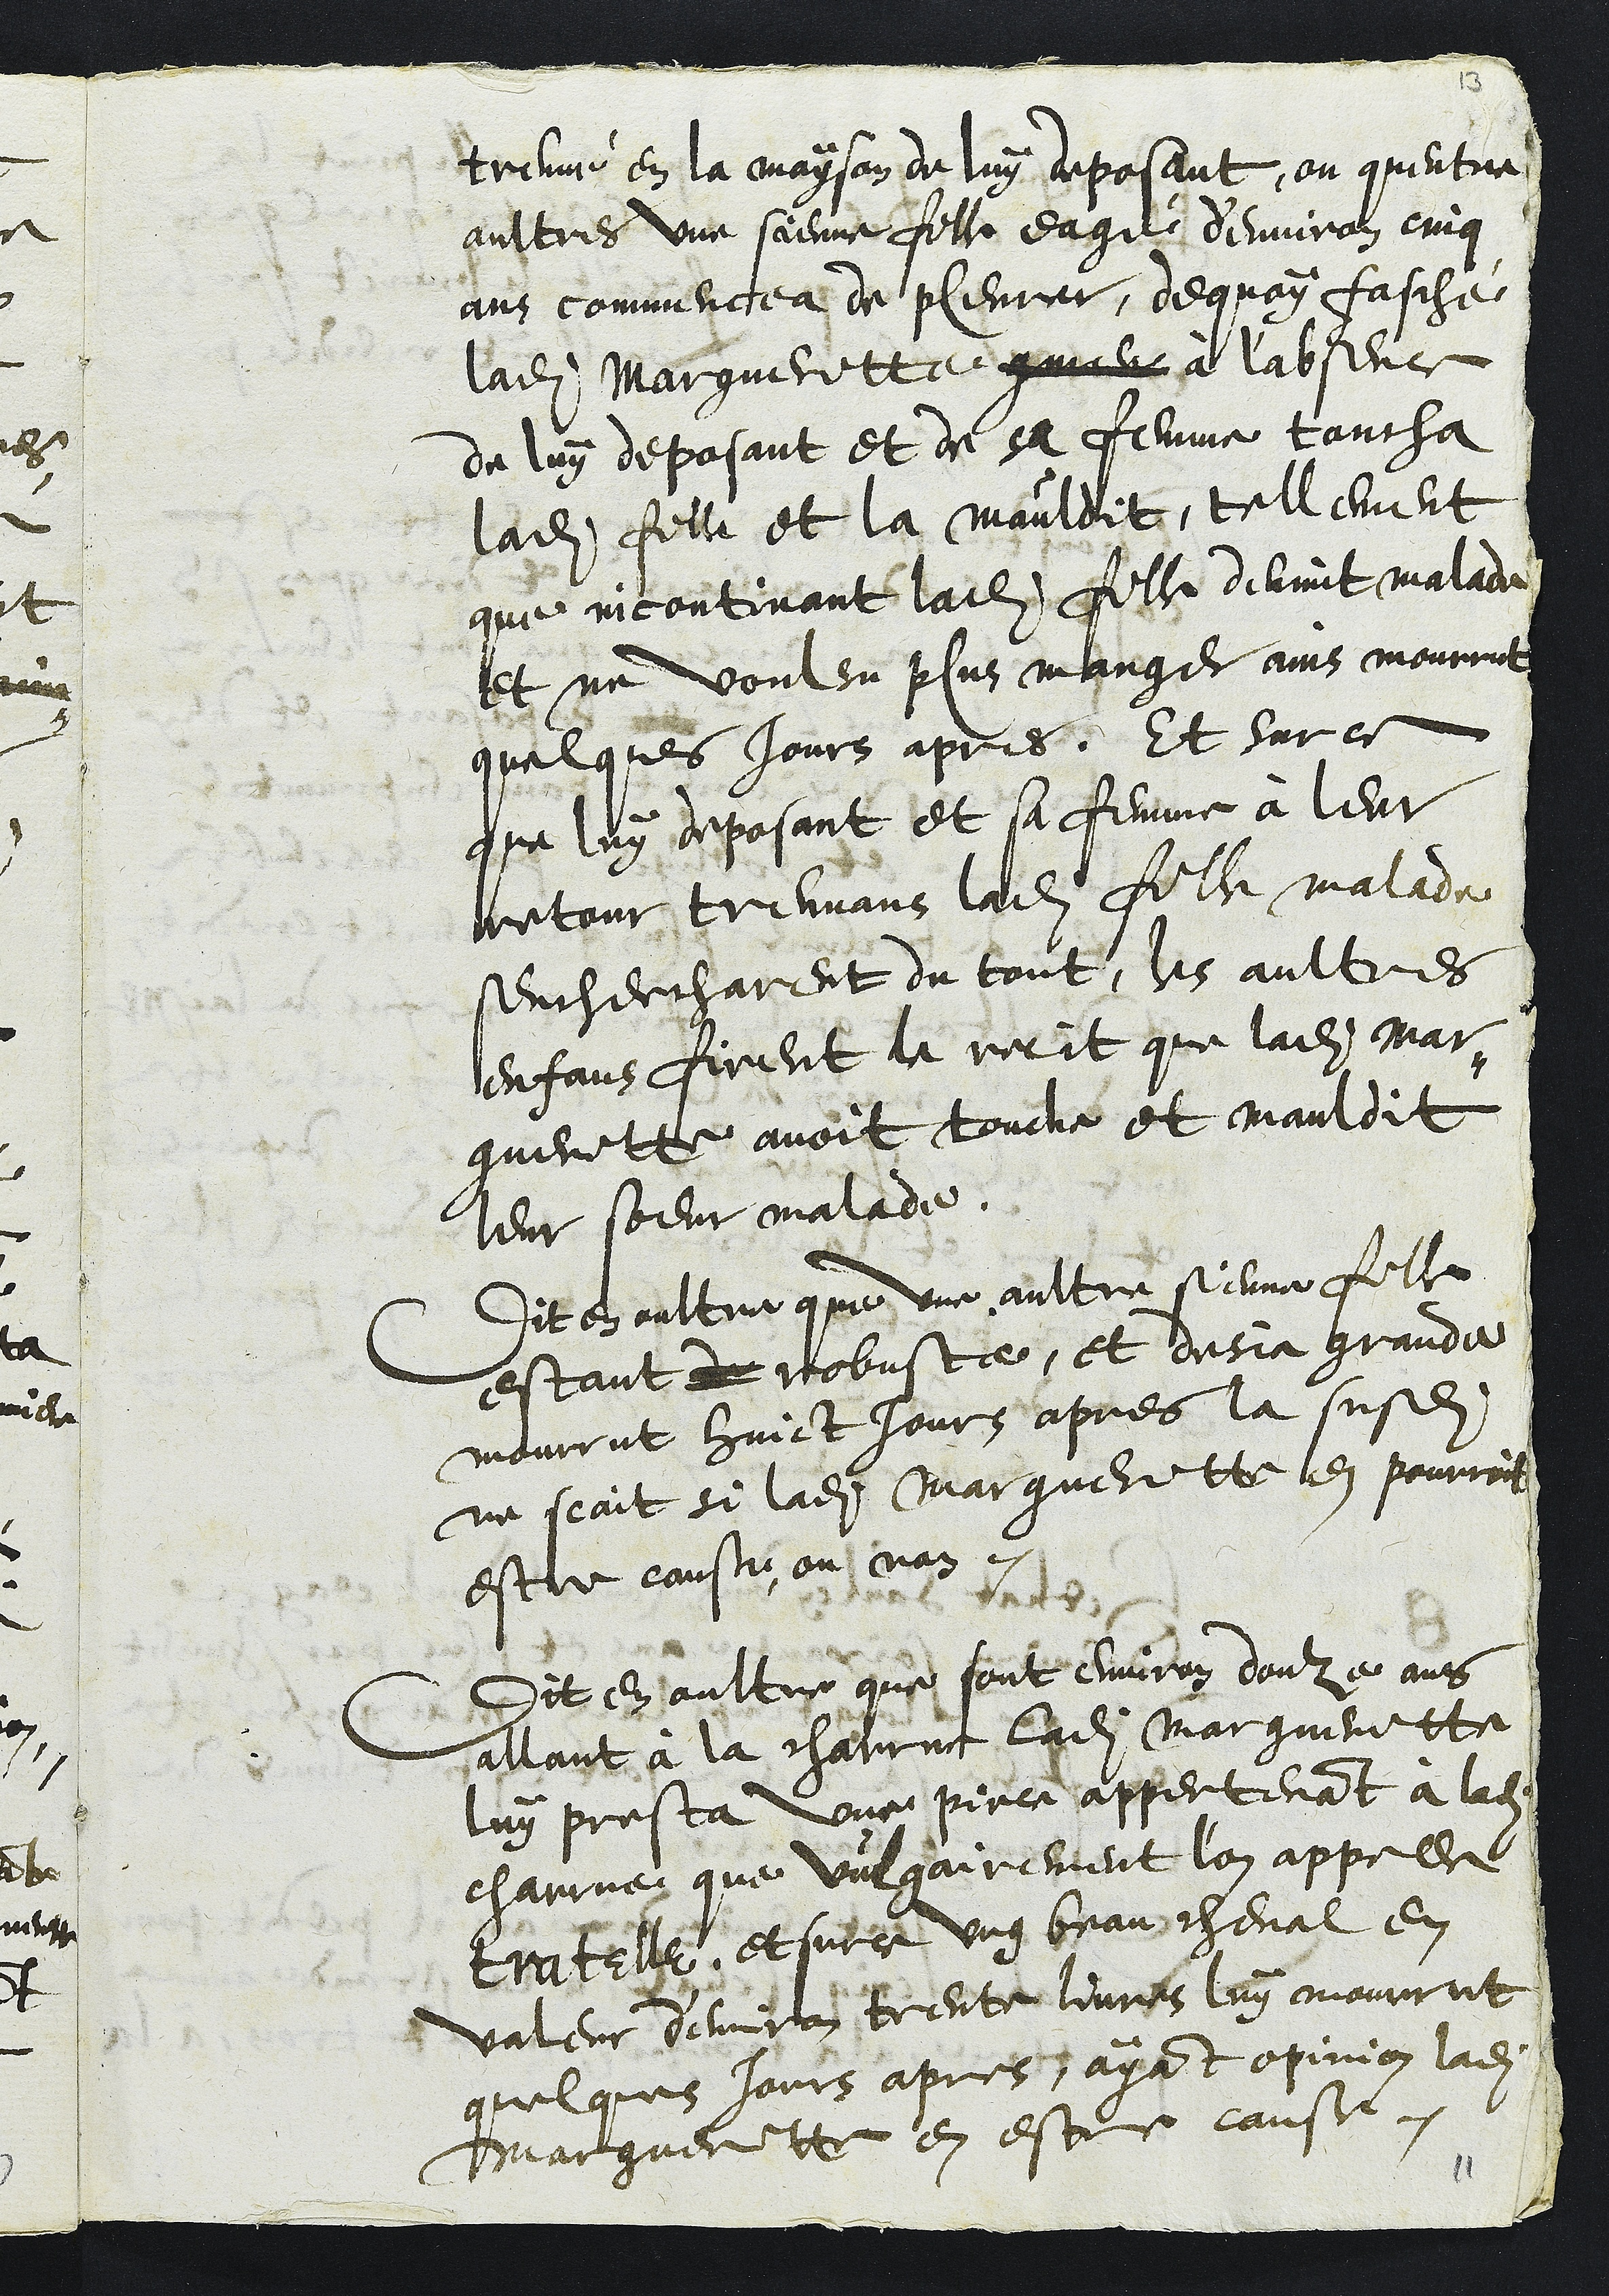
treuvé en la mayson de luy deposant, ou quentre
aultres une sienne fille eagé d'environ cinq
ans commencea de pleurer, dequoy fasché
ladite Margueritte comme à l'absence
de luy deposant et de sa femme toucha
ladite fille et la mauldit, tellement
que incontinant ladite fille devint malade
et ne voulsu plus manger ains mourrut
quelques jours apres. Et sur ce
que luy deposant et sa femme à leur
retour treuvans ladite fille malade
senchercharent du tout, les aultres
enfans firent le recit que ladite Mar-
gueritte avoit touche et mauldit
leur soeur malade.
Dit en oultre que une aultres sienne fille
estant de robuste, et desja grande
mourrut huict jours apres la susdite
ne scait si ladite Margueritte en pourroit
estre cause ou non.
Dit en oultre que sont environ douze ans
allant à la charrue ladite Margueritte
luy presta une piece appertenant a ladite
charrue que vulgairement l'on appelle
tratelle et surce ung beau cheval en
valeur trente livres luy mourut
quelques jours apres, ayant opinion ladite
Marguerite en estre cause.